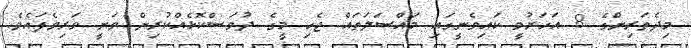
މިދެތަރިންގެ 8 އަހަރުވީ ކައިވެނީގައި މައްސަލަތައް ޖެހި މީގެ ދުވަސްކޮޅެއްކުރިން ވަނީ ވަރިވެފައެވެ.